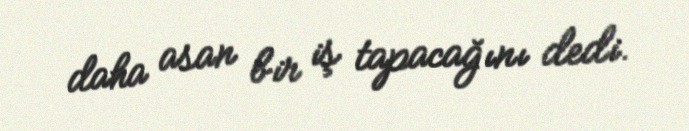
daha asan bir iş tapacağını dedi.